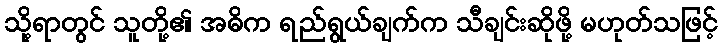
သို့ရာတွင် သူတို့၏ အဓိက ရည်ရွယ်ချက်က သီချင်းဆိုဖို့ မဟုတ်သဖြင့်